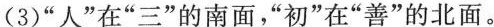
(3)”人”在”三”的南面，”初”在”善”的北面。